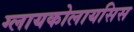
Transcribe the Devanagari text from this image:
ग्लायकोलायसिस